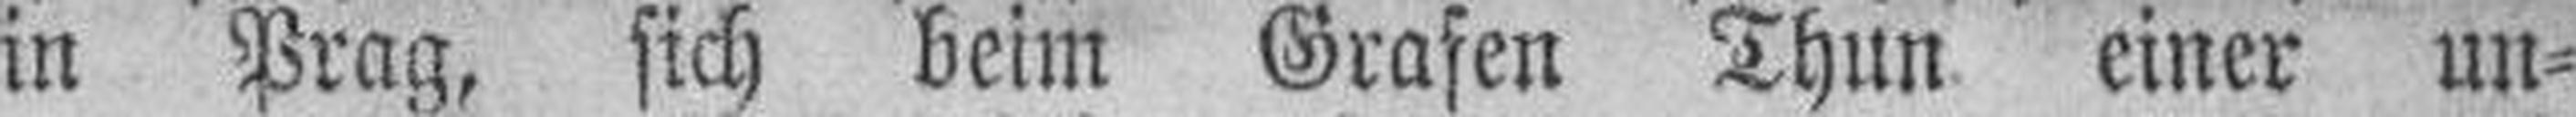
in Prag, sich beim Grafen Thun einer un¬